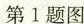
第1题图